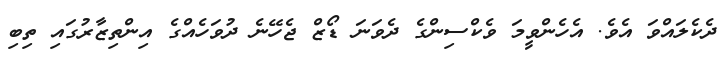
ދެކެލައްވަ އެވެ. އެހެންވީމަ ވެކްސިންގެ ދެވަނަ ޑޯޒް ޖެހޭނެ ދުވަހެއްގެ އިންތިޒާރުގައި ތިބި